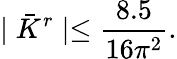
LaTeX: \mid\bar{K}^{r}\mid\leq\frac{8.5}{16\pi^{2}}.